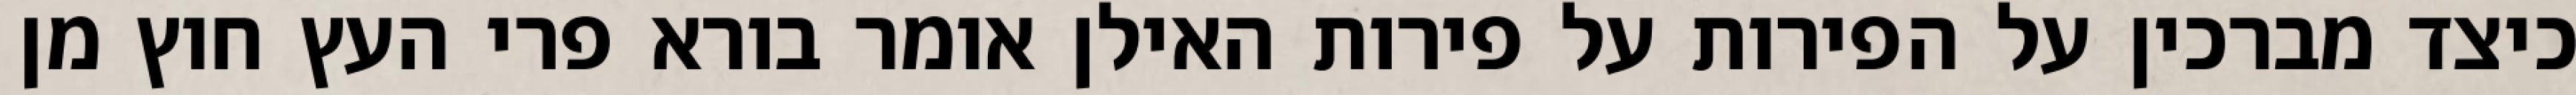
כיצד מברכין על הפירות על פירות האילן אומר בורא פרי העץ חוץ מן